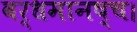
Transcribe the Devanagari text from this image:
वर्धमानष्च।